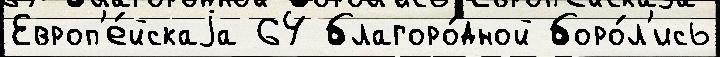
Европ'е́йскаjа 64 благоро́дной боро́л'ись